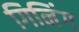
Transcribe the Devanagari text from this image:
गिनिंग